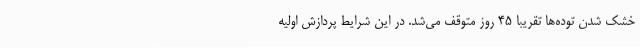
خشک شدن توده‌ها تقریبا ۴۵ روز متوقف می‌شد. در این شرایط پردازش اولیه